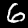
Label: 6